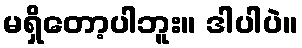
မရှိတော့ပါဘူး။ ဒါပါပဲ။